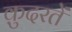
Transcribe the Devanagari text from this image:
क़ुदरतें